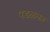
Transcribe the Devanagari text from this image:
पडळकर